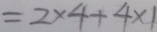
= 2 \times 4 + 4 \times 1